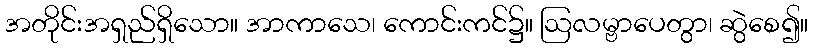
အတိုင်းအရှည်ရှိသော။ အာကာသေ၊ ကောင်းကင်၌။ ဩလမ္ဗာပေတွာ၊ ဆွဲစေ၍။